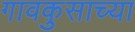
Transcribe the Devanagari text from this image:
गावकुसाच्या